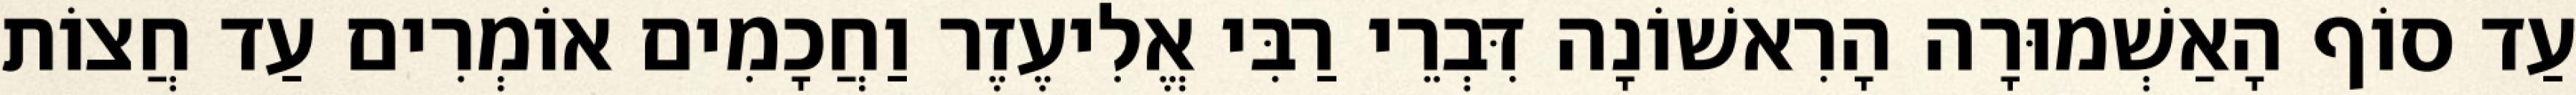
עַד סוֹף הָאַשְׁמוּרָה הָרִאשׁוֹנָה דִּבְרֵי רַבִּי אֱלִיעֶזֶר וַחֲכָמִים אוֹמְרִים עַד חֲצוֹת